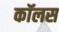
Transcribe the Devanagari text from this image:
कॉलस